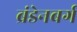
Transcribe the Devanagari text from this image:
ब्रंडेनबर्ग